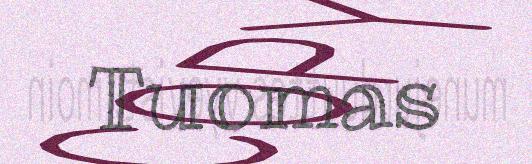
Tuomas